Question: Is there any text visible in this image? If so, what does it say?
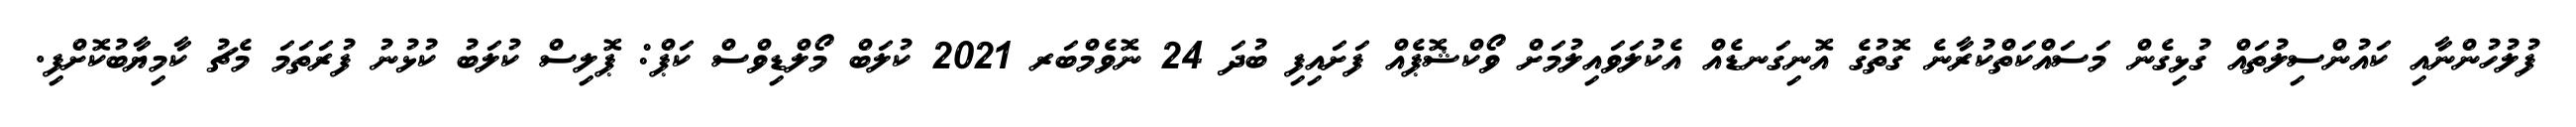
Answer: ފުލުހުންނާއި ކައުންސިލުތައް ގުޅިގެން މަސައްކަތްކުރާނެ ގޮތުގެ އޮނިގަނޑެއް އެކުލަވައިލުމަށް ވޯކްޝޮޕެއް ފަށައިފި ބުދަ 24 ނޮވެމްބަރ 2021 ކުލަބް މޯލްޑިވްސް ކަޕް: ޕޮލިސް ކުލަބު ކުޅުނު ފުރަތަމަ މެޗު ކާމިޔާބުކޮށްފި.